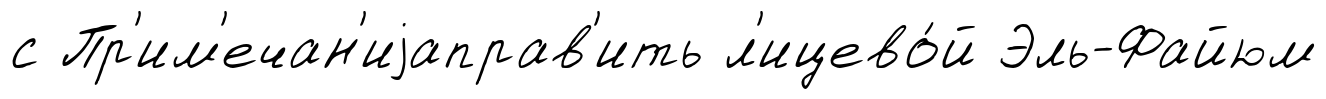
с Пр'им'ечан'иjаправ'ить л'ицево́й Эль-Файюм